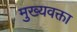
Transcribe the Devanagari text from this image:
मुख्यवक्ता